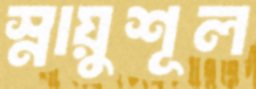
স্নায়ুশূল